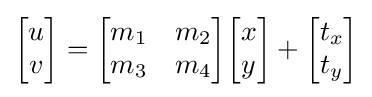
{\begin{bmatrix}u\\v\end{bmatrix}}={\begin{bmatrix}m_{1}&m_{2}\\m_{3}&m_{4}\end{bmatrix}}{\begin{bmatrix}x\\y\end{bmatrix}}+{\begin{bmatrix}t_{x}\\t_{y}\end{bmatrix}}